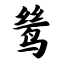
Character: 鸶